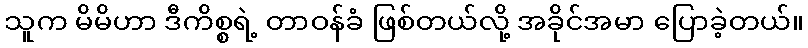
သူက မိမိဟာ ဒီကိစ္စရဲ့ တာဝန်ခံ ဖြစ်တယ်လို့ အခိုင်အမာ ပြောခဲ့တယ်။